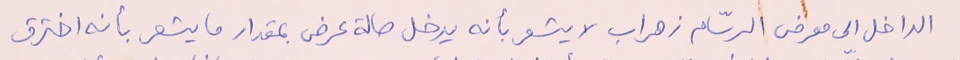
الداخل الى معرض الرسّام زهراب لا يشعر بأنه يدخل صالة عرض بمقدار ما يشعر بأنه اخترق